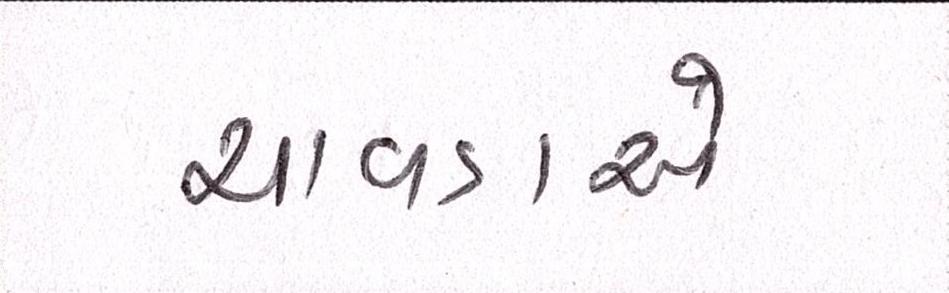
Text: ચાવડાએ